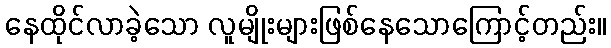
နေထိုင်လာခဲ့သော လူမျိုးများဖြစ်နေသောကြောင့်တည်း။